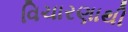
વિચારણાથી